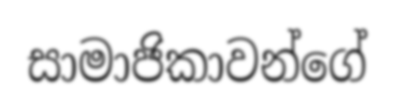
සාමාජිකාවන්ගේ